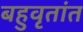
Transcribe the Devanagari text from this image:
बहुवृतांत